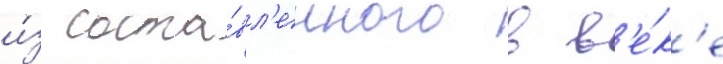
и́з соста́вл'енного в в'е́к'е